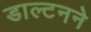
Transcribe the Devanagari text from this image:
डाल्टनने